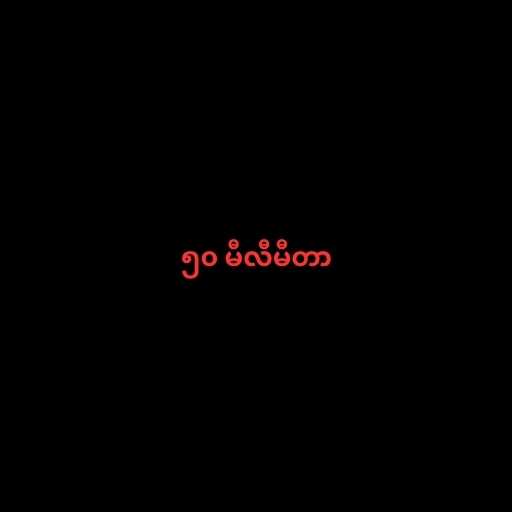
၅၀ မီလီမီတာ